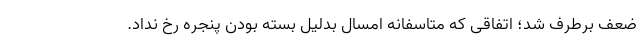
ضعف برطرف شد؛ اتفاقی که متاسفانه امسال بدلیل بسته بودن پنجره رخ نداد.